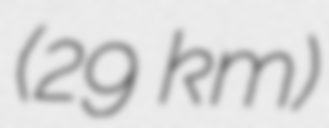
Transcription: (29 km)